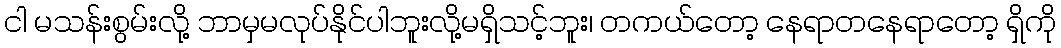
ငါ မသန်းစွမ်းလို့ ဘာမှမလုပ်နိုင်ပါဘူးလို့မရှိသင့်ဘူး၊ တကယ်တော့ နေရာတနေရာတော့ ရှိကို